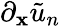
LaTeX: \partial_{\mathbf{x}}\tilde{{u}}_{n}